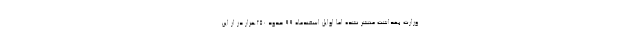
وزارت بهداشت منتشر نشده اما اوایل اسفندماه ۹۹ حدود ۲۵۰هزار دز از این